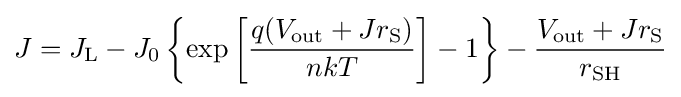
J=J_{\text{L}}-J_{0}\left\{\exp \left[{\frac {q(V_{\text{out}}+Jr_{\text{S}})}{nkT}}\right]-1\right\}-{\frac {V_{\text{out}}+Jr_{\text{S}}}{r_{\text{SH}}}}